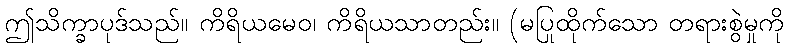
ဤသိက္ခာပုဒ်သည်။ ကိရိယမေဝ၊ ကိရိယသာတည်း။ (မပြုထိုက်သော တရားစွဲမှုကို